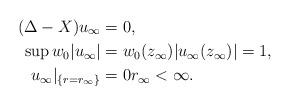
LaTeX: \begin{align*} (\Delta-X) u_\infty &= 0, \\ \sup w_0 |u_\infty| &= w_0(z_\infty) |u_\infty(z_\infty)| = 1, \\ u_\infty|_{\{r=r_\infty\}} &= 0 r_\infty<\infty.\end{align*}